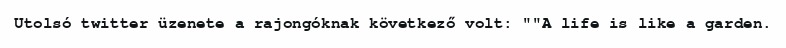
Utolsó twitter üzenete a rajongóknak következő volt: ""A life is like a garden.